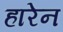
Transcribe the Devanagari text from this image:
हारेन